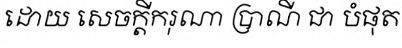
ដោយ សេចក្តីករុណា ប្រាណី ជា បំផុត